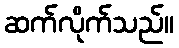
ဆက်လိုက်သည်။